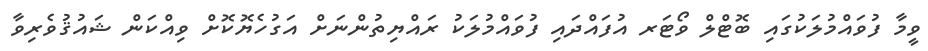
ވީމާ ފުވައްމުލަކުގައި ބޮޓްލް ވޯޓަރ އުފައްދައި ފުވައްމުލަކު ރައްޔިތުންނަށް އަގުހެޔޮކޮށް ވިއްކަން ޝައުޤުވެރިވާ